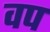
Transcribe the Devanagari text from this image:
वप